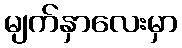
မျက်နှာလေးမှာ